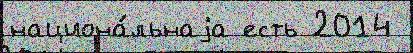
национа́льнаjа есть 2014